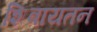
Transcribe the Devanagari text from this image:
शिवायतन